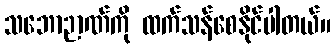
သဘောဉာဏ်ကို ထက်သန်စေနိုင်ပါတယ်။